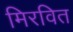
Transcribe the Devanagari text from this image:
मिरवित